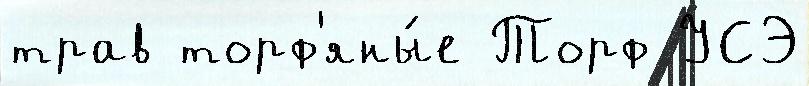
трав торф'яны́е Торф УСЭ